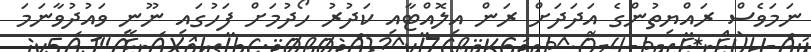
ނަމަވެސް ރައްޔިތުންގެ އަދަދަށް ރަން އިލޮއްޓާއި ކަދުރު ހޯދުމަށް ފަހުގައި ނޫނީ ވައުދުވާނަމަ